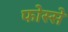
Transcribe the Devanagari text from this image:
फोस्से